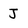
Character: J